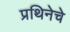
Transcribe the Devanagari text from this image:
प्रथिनेचे